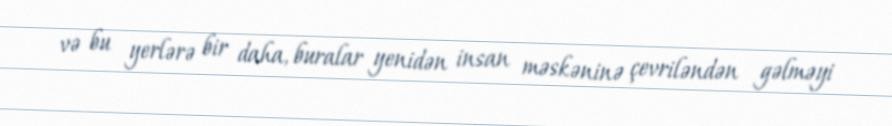
və bu yerlərə bir daha, buralar yenidən insan məskəninə çevriləndən gəlməyi